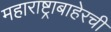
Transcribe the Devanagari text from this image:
महाराष्ट्राबाहेरची